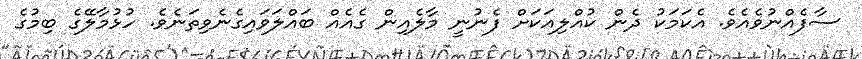
ސާފެއްނުވެއެވެ. އެކަމަކު ދެން ކުއްލިއަކަށް ފެނުނީ މާލެއިން ގެއެއް ބައްލަވައިގެނެވިތަނެވެ. ހުޅުމާލޭގެ ބިމުގެ